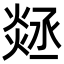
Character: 㷥